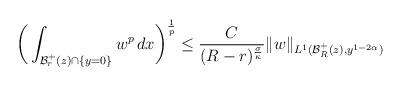
LaTeX: \begin{align*}\bigg(\int_{\mathcal {B}^+_{r}(z)\cap \{y=0\}}w^{p}\,dx\bigg)^{\frac 1p}\leq \frac C{(R-r)^{\frac\sigma\kappa}}\|w\|_{L^1(\mathcal {B}^+_{R}(z),y^{1-2\alpha})}\end{align*}